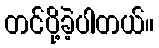
တင်ပို့ခဲ့ပါတယ်။